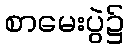
စာမေးပွဲ၌